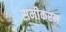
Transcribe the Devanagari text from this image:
समीकरन